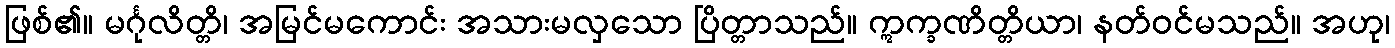
ဖြစ်၏။ မင်္ဂုလိတ္တိ၊ အမြင်မကောင်း အသားမလှသော ပြိတ္တာသည်။ ဣက္ခဏိတ္တိယာ၊ နတ်ဝင်မသည်။ အဟု၊